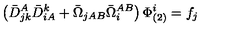
\left( \bar { D } _ { j k } ^ { A } \bar { D } ^ { k } _ { i A } + \bar { \Omega } _ { j A B } \bar { \Omega } _ { i } ^ { A B } \right) \Phi _ { ( 2 ) } ^ { i } = f _ { j }